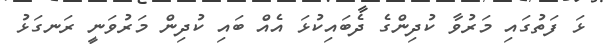
ޅަ ފަތުގައި މަރުވާ ކުދިންގެ ދެބައިކުޅަ އެއް ބައި ކުދިން މަރުވަނީ ރަނގަޅު